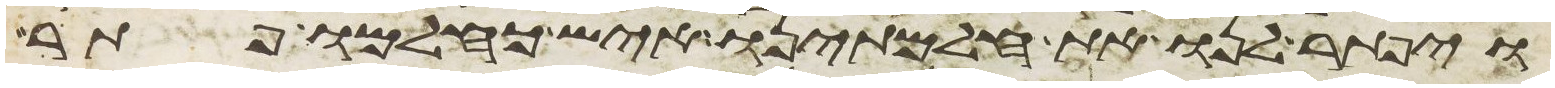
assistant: ויפתר לנו את חלמתינו איש כחלמו פתר